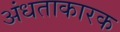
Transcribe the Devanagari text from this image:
अंधताकारक